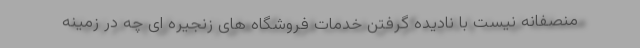
منصفانه نیست با نادیده گرفتن خدمات فروشگاه های زنجیره ای چه در زمینه